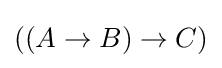
((A\to B)\to C)